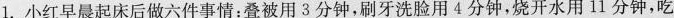
1.小红早晨起床后做六件事情：叠被用3分钟，刷牙洗脸用4分钟，烧开水用11分钟，吃